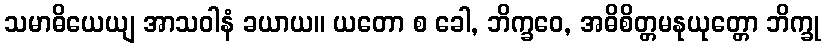
သမာဓိယေယျ အာသဝါနံ ခယာယ။ ယတော စ ခေါ, ဘိက္ခဝေ, အဓိစိတ္တမနုယုတ္တော ဘိက္ခု